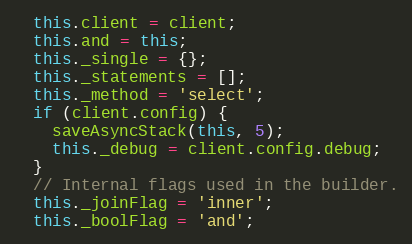
Language: JavaScript
  this.client = client;
  this.and = this;
  this._single = {};
  this._statements = [];
  this._method = 'select';
  if (client.config) {
    saveAsyncStack(this, 5);
    this._debug = client.config.debug;
  }
  // Internal flags used in the builder.
  this._joinFlag = 'inner';
  this._boolFlag = 'and';